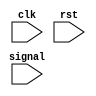
module time_high #(
    parameter NAME = "SETME"
)(
    input clk,
    input rst,
    input signal
);

    integer cycles;

    always @ (posedge clk) begin
        if (rst)
            cycles <= 0;
        else 
            if (signal)
                cycles <= cycles + 1;
            else if (cycles != 0) begin
                $display("%s: %d ns", NAME, cycles);
                cycles <= 0;
            end
    end

endmodule